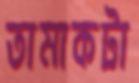
তামাকটা